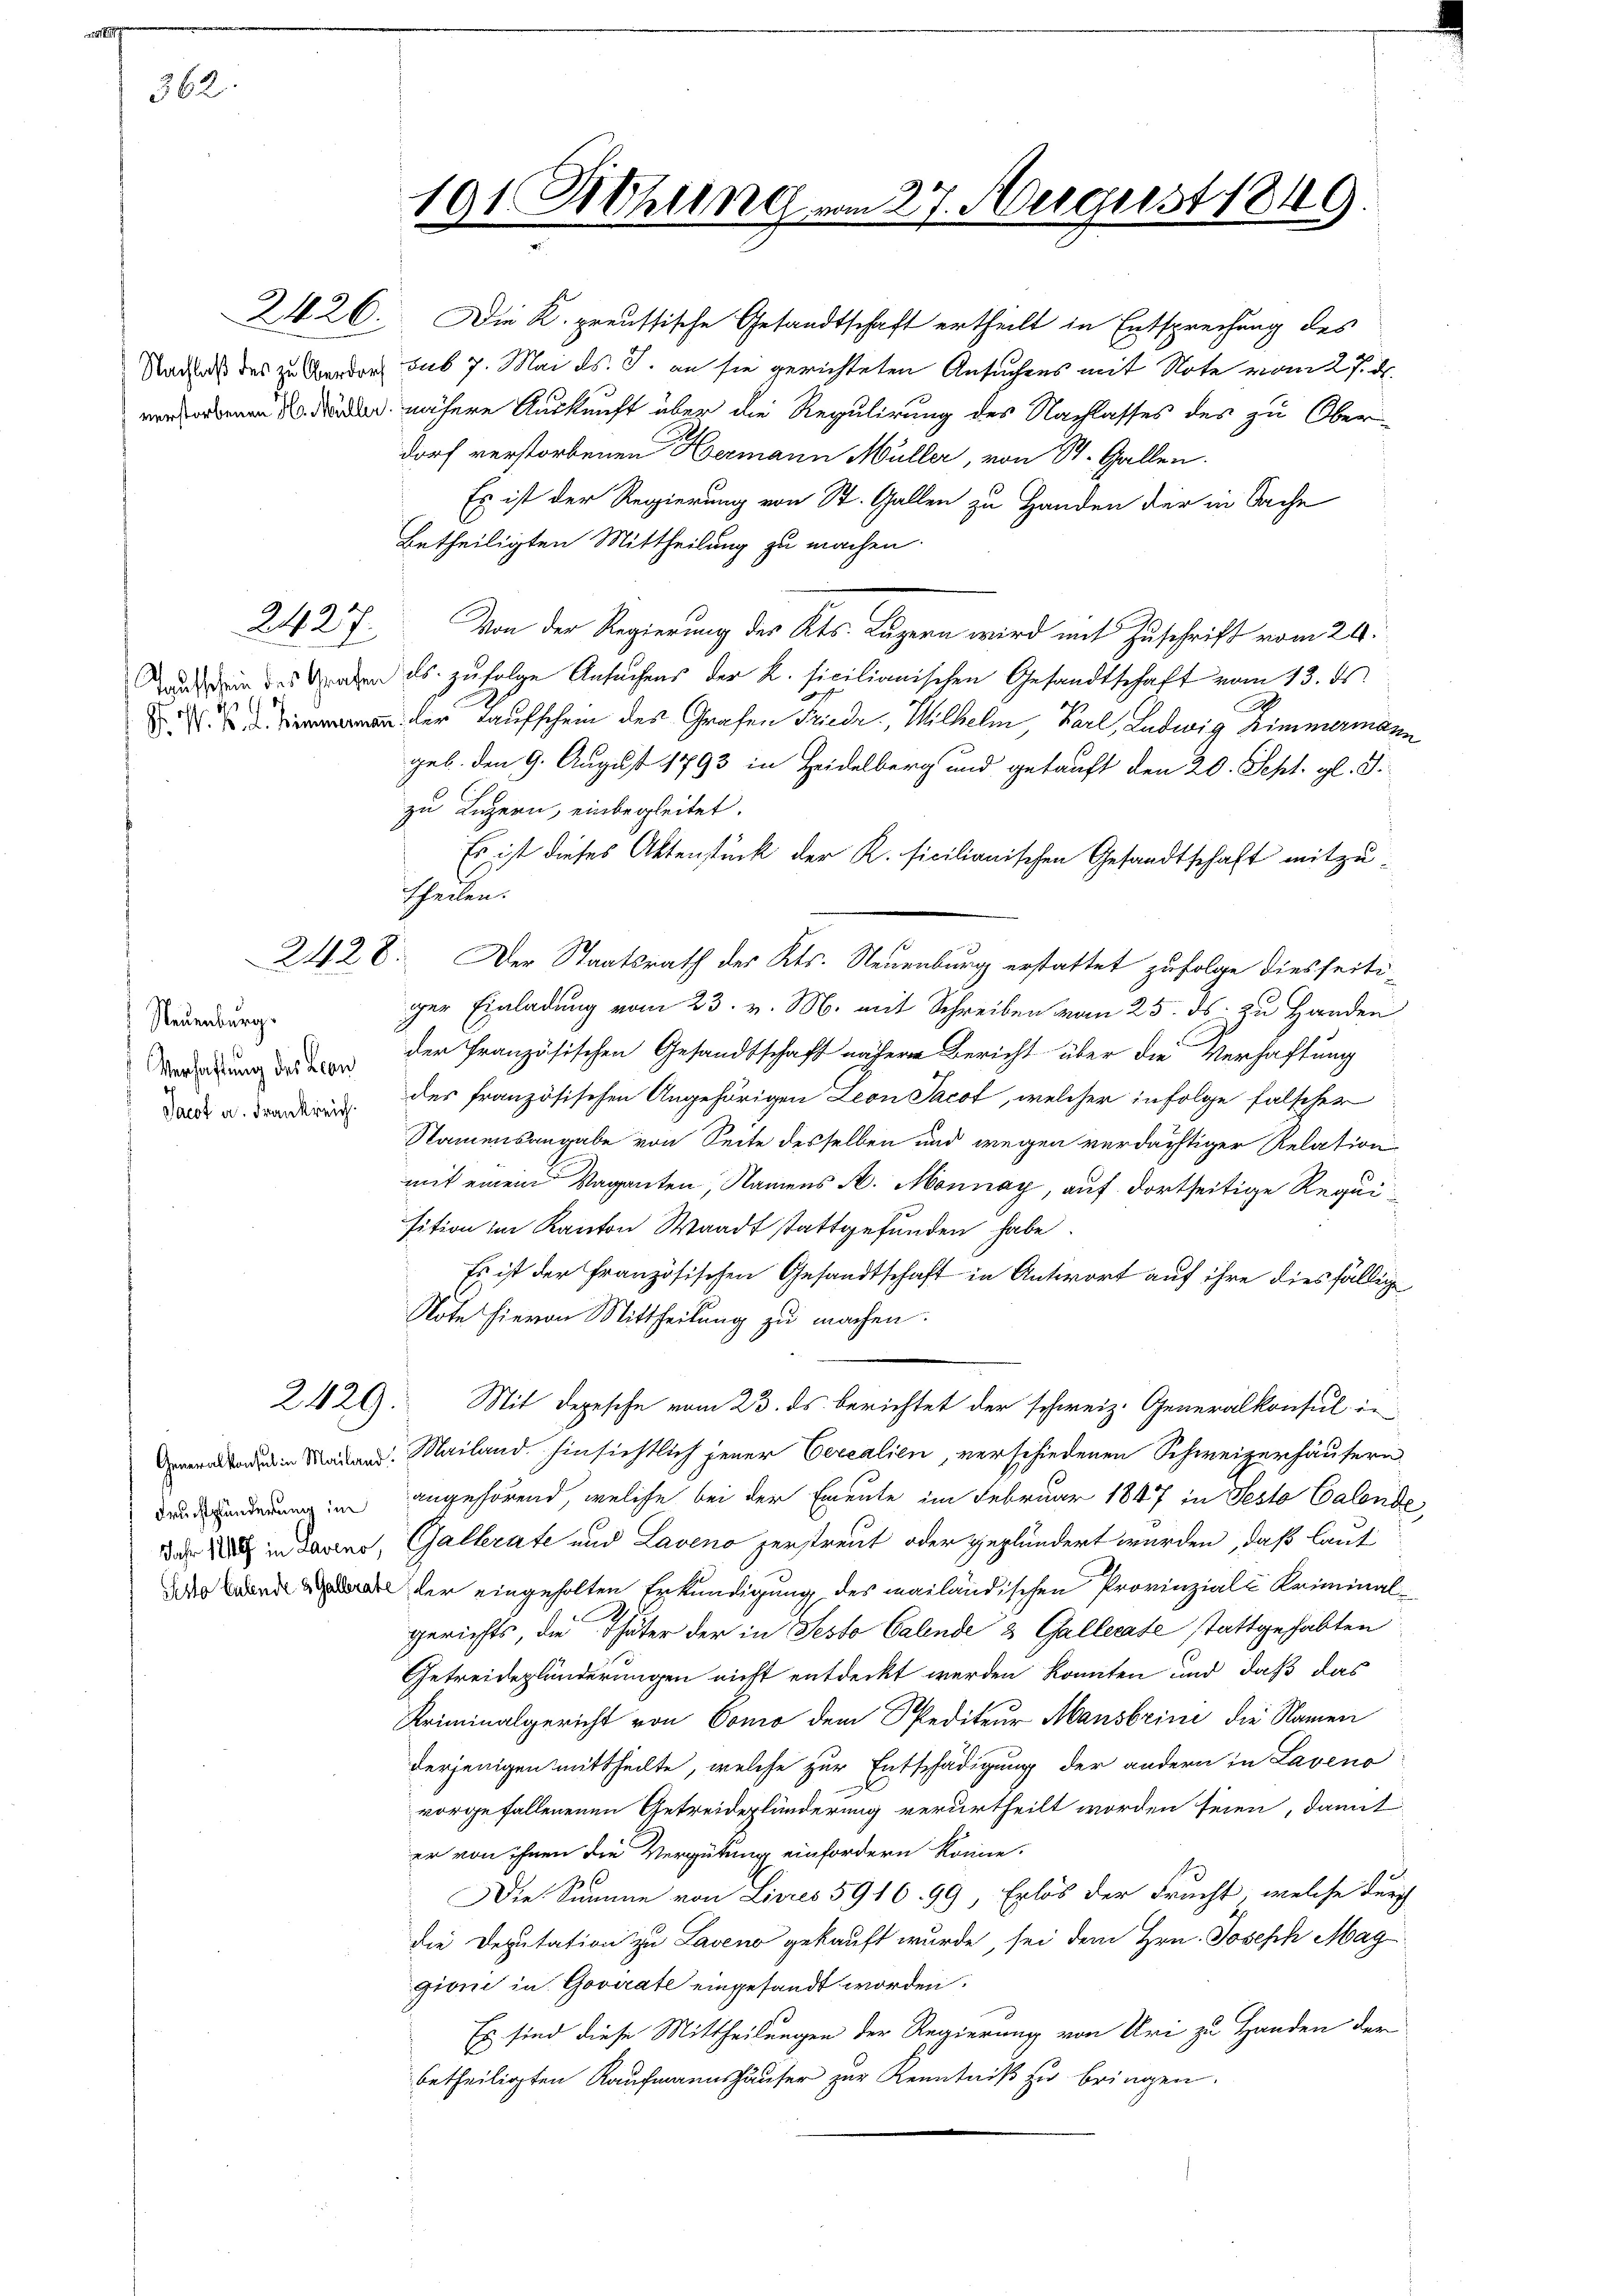
362.

2427

1

Neuenburg.
Verhaftung des Leon
Jacot a. Frankreich.

Fruchtplünderung im
Jahr 1849 in Laveno,

101. Diehung

2426. Die K. preussische Gesandtschaft ertheilt in Entsprechung des
Nacas des zu Grunder sub 7. Mai d. J. an sie gerichteten Ansuchens mit Note vom 27. d.
ronen der nähere Auskunft über die Regulirung des Nachlasses des zu Oberdorf verstorbenen Hermann Müller, von St. Gallen.
Es ist der Regierung von St. Gallen zu Handen der in Sache
betheiligten Mittheilung zu machen.
Von der Regierung des Kts. Luzern wird mit Zuschrift vom 20.
ad in des den es zŭfolge Ansŭchens der K. sicilianischen Gesandtschaft vom 13. ds.
 der aufschein des Grafen Friedr., Wilhelm, Karl, Ludwig Zimmermann
geb. den 9. August 1793 in Heidelberg und gekauft den 20. Sept. gl. S.
zu Luzern, einbegleitet.
Es ist dieses Aktenstück der K. ficilianischen Gesandtschaft mitzu¬
Theilen.
2428. Der Staatsrath des Kts. Neuenburg erstattet zufolge diesseitiger Einladung vom 23. v. M. mit Schreiben vom 25. ds. zu Handen
der französischen Gesandtschaft nähere Bericht über die Verhaftung
des französischen Angehörigen Leon Jacot, welcher infolge falscher
Namensangabe von Seite desselben und wegen verdächtiger Relation
mit einem Vaganten, Namens A. Monnay, auf dortseitige Requisition im Kanton Waadt stattgefunden habe.
Es ist der französischen Gesandtschaft in Antwort auf ihre diesfällige
Note hievon Mittheilung zu machen.
2420). Mit Depesche vom 23. ds berichtet der schweiz. Generalkonsul in
ode in Maien. Mailand hinsichtlich jener Cerealien, verschiedenen Schweizerhäusern
angehörend, welche bei der Emeute im Februar 1847 in Festo Calende
Gallerate und Laveno zerstreut oder geplündert wurden, daß laut
  der eingeholten Erkundigung des mailändischen Provinziale Kriminalgerichts, die Thäter der in Sesto Calende & Gallerate stattgehabten
Getreidegländerungen nicht entdeckt werden könnten und daß das
Kriminalgericht von Como dem Spediteur Mansbrini die Namen
derjenigen mittheilte, welche zur Entschädigung der andern in Laveno
vorgefallenenen Getreideplünderung verurtheilt worden seien, damit
er von ihnen die Vergütung einfordern könne.
Die Summe von Livres 5916, 99, Erlös der Frucht, welche durch
die Deputation zu Laveno gekauft wurde, sei dem Hrn. Joseph Mag
gioni in Govirate eingesandt worden.
Es sind diese Mittheilungen der Regierung von Uri zu Handen der
betheiligten Kaufmannshäuser zur Kenntniß zu bringen.

27. August 1849